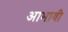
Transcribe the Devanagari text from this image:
आभावी